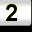
Digit: 2